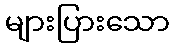
များပြားသော